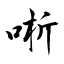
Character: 唽